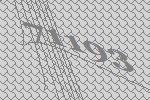
71193